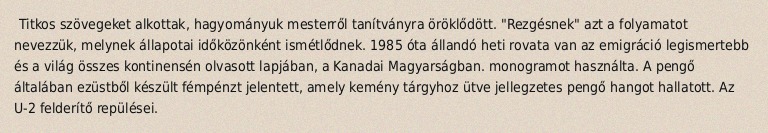
Titkos szövegeket alkottak, hagyományuk mesterről tanítványra öröklődött. "Rezgésnek" azt a folyamatot nevezzük, melynek állapotai időközönként ismétlődnek. 1985 óta állandó heti rovata van az emigráció legismertebb és a világ összes kontinensén olvasott lapjában, a Kanadai Magyarságban. monogramot használta. A pengő általában ezüstből készült fémpénzt jelentett, amely kemény tárgyhoz ütve jellegzetes pengő hangot hallatott. Az U-2 felderítő repülései.